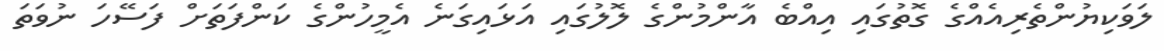
ލަވަކިޔުންތެރިއެއްގެ ގޮތުގައި އިއްބެ އާންމުންގެ ލޮލުގައި އަޅައިގަނެ އެމީހުންގެ ކަންފަތަށް ފަސޭހަ ނުވަތަ